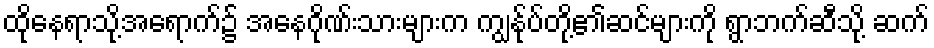
ထိုနေရာသို့အရောက်၌ အနေဂိုဏ်းသားများက ကျွန်ုပ်တို့၏ဆင်များကို ရွာဘက်ဆီသို့ ဆက်